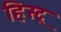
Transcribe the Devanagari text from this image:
हिस्ट्र